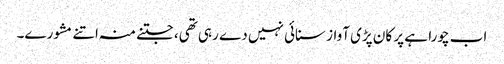
اب چورا ہے پر کان پڑی آواز سنائی نہیں دے رہی تھی، جتنے منہ اتنے مشورے۔